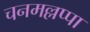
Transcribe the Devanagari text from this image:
चनमल्लप्पा